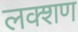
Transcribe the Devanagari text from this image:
लक्शण